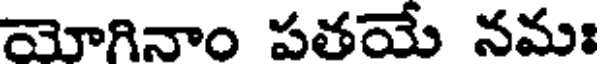
యోగినాం పతయే నమః